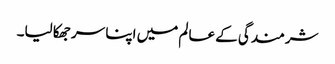
شرمندگی کے عالم میں اپنا سر جھکا لیا۔